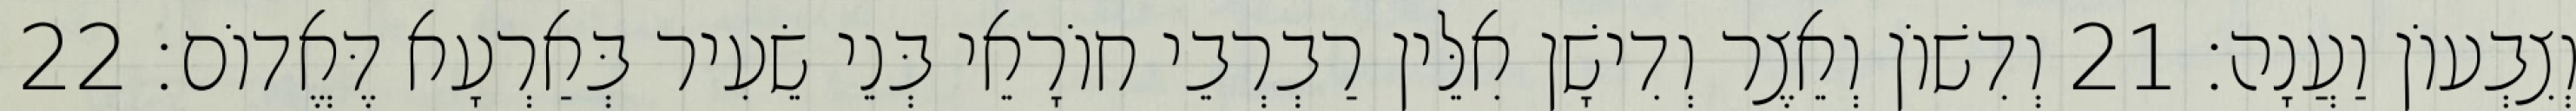
וְצִבְעוֹן וַעֲנָה׃ 21 וְדִשׁוֹן וְאֵצֶר וְדִישָׁן אִלֵּין רַבְרְבֵי חוֹרָאֵי בְּנֵי שֵׂעִיר בְּאַרְעָא דֶּאֱדוֹם׃ 22